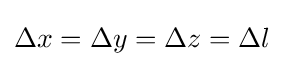
\Delta x=\Delta y=\Delta z=\Delta l